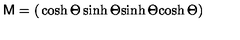
{ \bf \sf M } = \left( \begin{matrix} { \cosh \Theta } & { \sinh \Theta } \\ { \sinh \Theta } & { \cosh \Theta } \\ \end{matrix} \right)